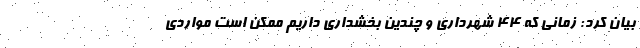
بیان کرد: زمانی که ۴۴ شهرداری و چندین بخشداری داریم ممکن است مواردی